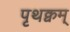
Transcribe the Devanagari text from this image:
पृथक्वम्